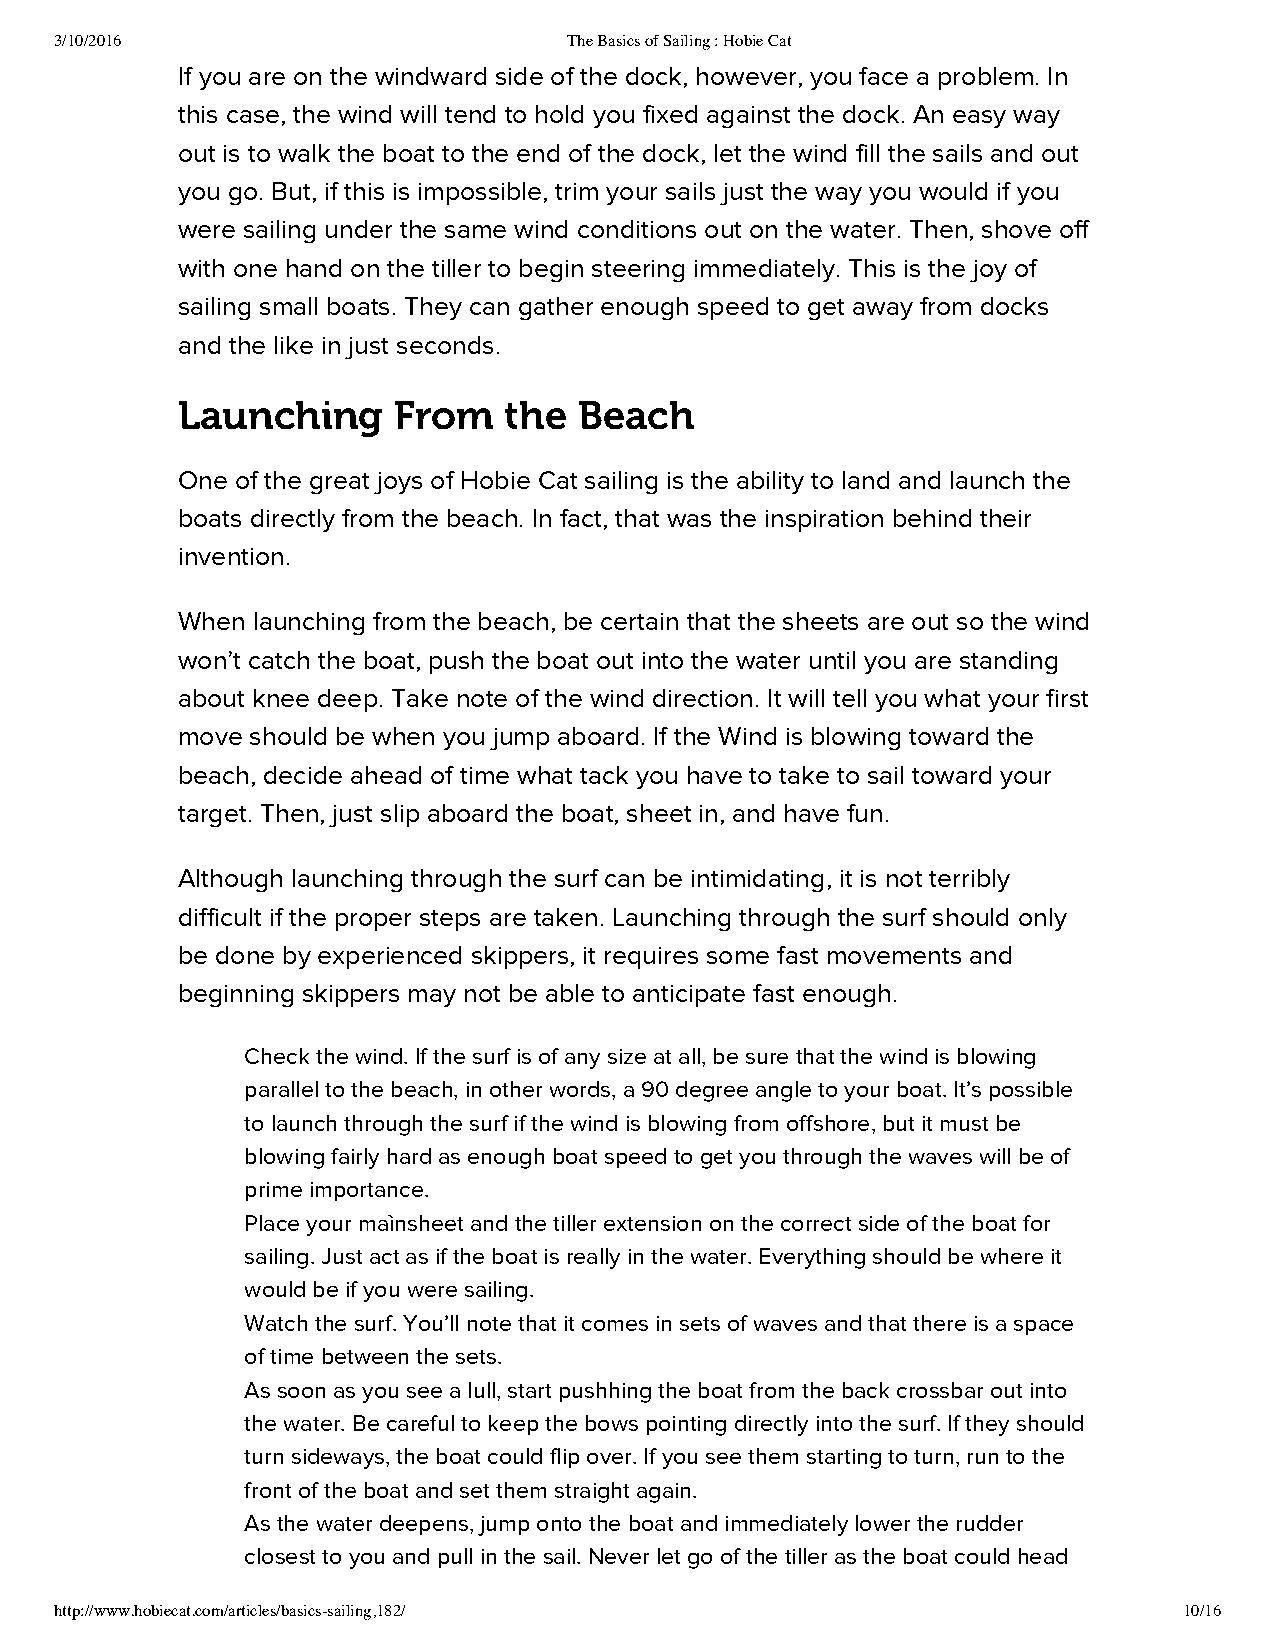
3/10/2016                         The Basics of Sailing : Hobie Cat
 If you are on the windward side of the dock, however, you face a problem. In
 this case, the wind will tend to hold you fixed against the dock. An easy way
 out is to walk the boat to the end of the dock, let the wind fill the sails and out
 you go. But, if this is impossible, trim your sails just the way you would if you
 were sailing under the same wind conditions out on the water. Then, shove off
 with one hand on the tiller to begin steering immediately. This is the joy of
 sailing small boats. They can gather enough speed to get away from docks
 and the like in just seconds.
 Launching     From   the  Beach
 One of the great joys of Hobie Cat sailing is the ability to land and launch the
 boats directly from the beach. In fact, that was the inspiration behind their
 invention.
 When launching from the beach, be certain that the sheets are out so the wind
 won’t catch the boat, push the boat out into the water until you are standing
 about knee deep. Take note of the wind direction. It will tell you what your first
 move should be when you jump aboard. If the Wind is blowing toward the
 beach, decide ahead of time what tack you have to take to sail toward your
 target. Then, just slip aboard the boat, sheet in, and have fun.
 Although launching through the surf can be intimidating, it is not terribly
 difficult if the proper steps are taken. Launching through the surf should only
 be done by experienced skippers, it requires some fast movements and
 beginning skippers may not be able to anticipate fast enough.
 Check the wind. If the surf is of any size at all, be sure that the wind is blowing
 parallel to the beach, in other words, a 90 degree angle to your boat. It’s possible
 to launch through the surf if the wind is blowing from offshore, but it must be
 blowing fairly hard as enough boat speed to get you through the waves will be of
 prime importance.
 Place your maìnsheet and the tiller extension on the correct side of the boat for
 sailing. Just act as if the boat is really in the water. Everything should be where it
 would be if you were sailing.
 Watch the surf. You’ll note that it comes in sets of waves and that there is a space
 of time between the sets.
 As soon as you see a lull, start pushhing the boat from the back crossbar out into
 the water. Be careful to keep the bows pointing directly into the surf. If they should
 turn sideways, the boat could flip over. If you see them starting to turn, run to the
 front of the boat and set them straight again.
 As the water deepens, jump onto the boat and immediately lower the rudder
 closest to you and pull in the sail. Never let go of the tiller as the boat could head
 http://www.hobiecat.com/articles/basics-sailing,182/                      10/16